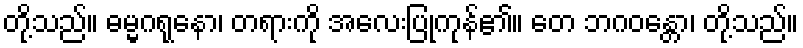
တို့သည်။ ဓမ္မဂရုနော၊ တရားကို အလေးပြုကုန်၏။ တေ ဘဂဝန္တော၊ တို့သည်။